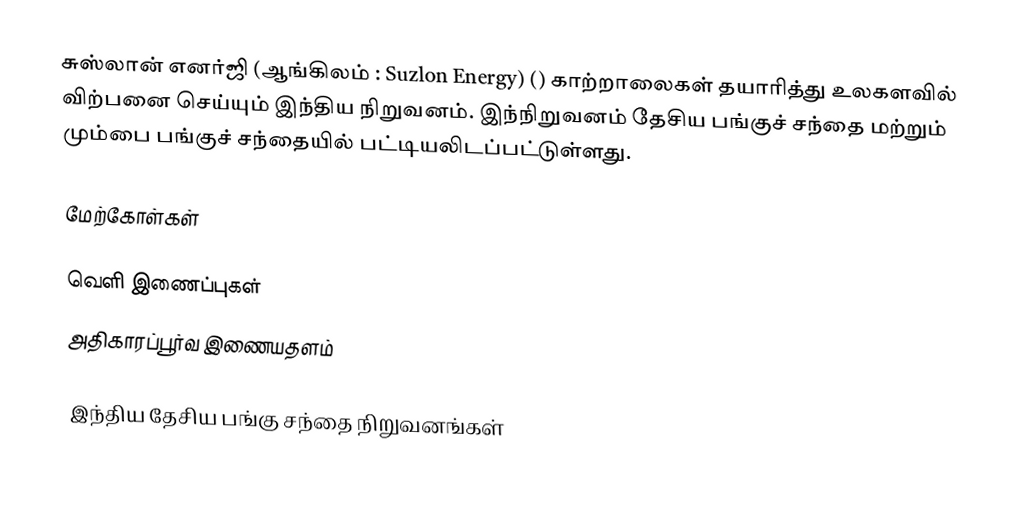
சுஸ்லான் எனர்ஜி (ஆங்கிலம் : Suzlon Energy) () காற்றாலைகள் தயாரித்து உலகளவில் விற்பனை செய்யும் இந்திய நிறுவனம். இந்நிறுவனம் தேசிய பங்குச் சந்தை மற்றும் மும்பை பங்குச் சந்தையில் பட்டியலிடப்பட்டுள்ளது.

மேற்கோள்கள்

வெளி இணைப்புகள்
 அதிகாரப்பூர்வ இணையதளம்

இந்திய தேசிய பங்கு சந்தை நிறுவனங்கள்